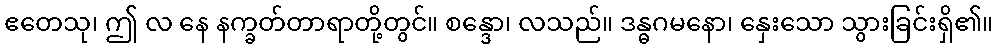
ဧတေသု၊ ဤ လ နေ နက္ခတ်တာရာတို့တွင်။ စန္ဒော၊ လသည်။ ဒန္ဓဂမနော၊ နှေးသော သွားခြင်းရှိ၏။